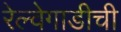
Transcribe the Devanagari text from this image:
रेल्वेगाडीची